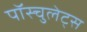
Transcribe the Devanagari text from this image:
पॉस्चुलेट्स